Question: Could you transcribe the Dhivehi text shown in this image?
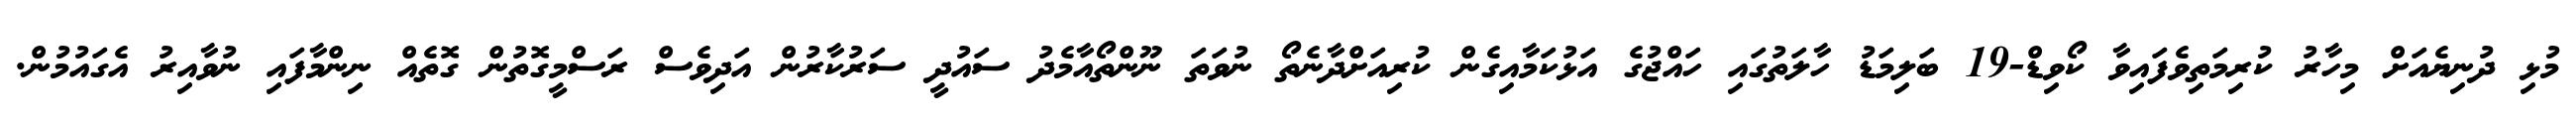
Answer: މުޅި ދުނިޔެއަށް މިހާރު ކުރިމަތިވެފައިވާ ކޯވިޑް-19 ބަލިމަޑު ހާލަތުގައި ހައްޖުގެ އަޅުކަމާއިގެން ކުރިއަށްދާނެތޯ ނުވަތަ ނޫންތޯއާމެދު ސައުދީ ސަރުކާރުން އަދިވެސް ރަސްމީގޮތުން ގޮތެއް ނިންމާފައި ނުވާއިރު އެގައުމުން.